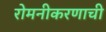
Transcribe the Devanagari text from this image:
रोमनीकरणाची